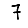
Digit: 7